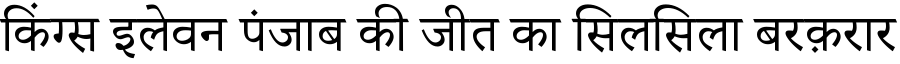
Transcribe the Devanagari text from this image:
किंग्स इलेवन पंजाब की जीत का सिलसिला बरक़रार